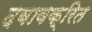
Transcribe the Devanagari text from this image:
दबावक्रित